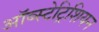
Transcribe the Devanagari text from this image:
ऑब्स्टेट्रिशियन